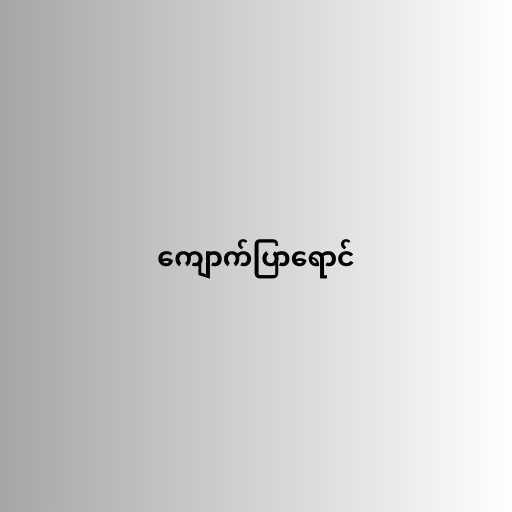
ကျောက်ပြာရောင်